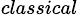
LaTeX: _{classical}